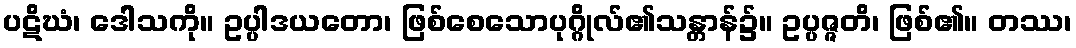
ပဋိဃံ၊ ဒေါသကို။ ဥပ္ပါဒယတော၊ ဖြစ်စေသောပုဂ္ဂိုလ်၏သန္တာန်၌။ ဥပ္ပဇ္ဇတိ၊ ဖြစ်၏။ တဿ၊